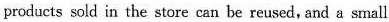
products sold in the store can be reused, and a small